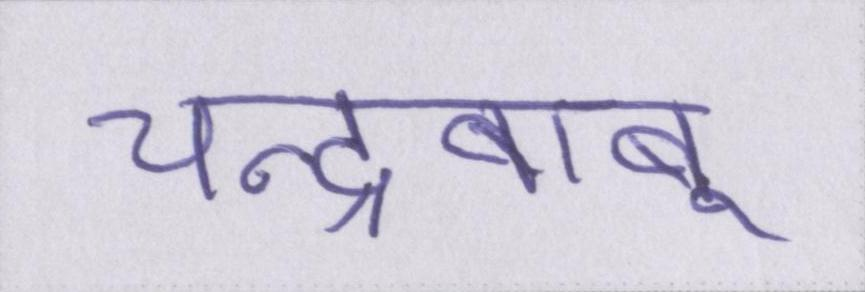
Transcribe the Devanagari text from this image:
चन्द्रबाबू